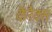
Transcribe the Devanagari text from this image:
कैरैक्स